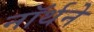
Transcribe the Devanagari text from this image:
नॉर्थने